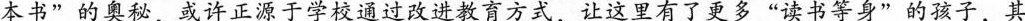
本书”的奥秘，或许正源于学校通过改进教育方式，让这里有了更多”读书等身”的孩子，其